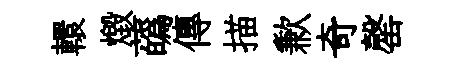
轘燬蘤傳描歉奇罄